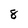
Character: 8